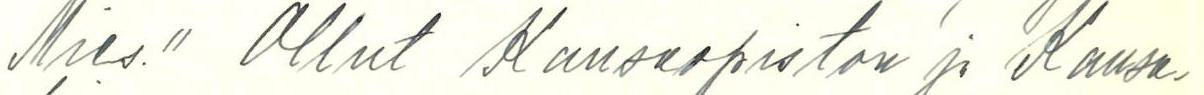
Mies." Ollut Kansaopiston ja Kansa-